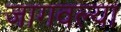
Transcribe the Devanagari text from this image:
जागवल्या